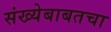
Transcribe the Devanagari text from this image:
संख्येबाबतचा